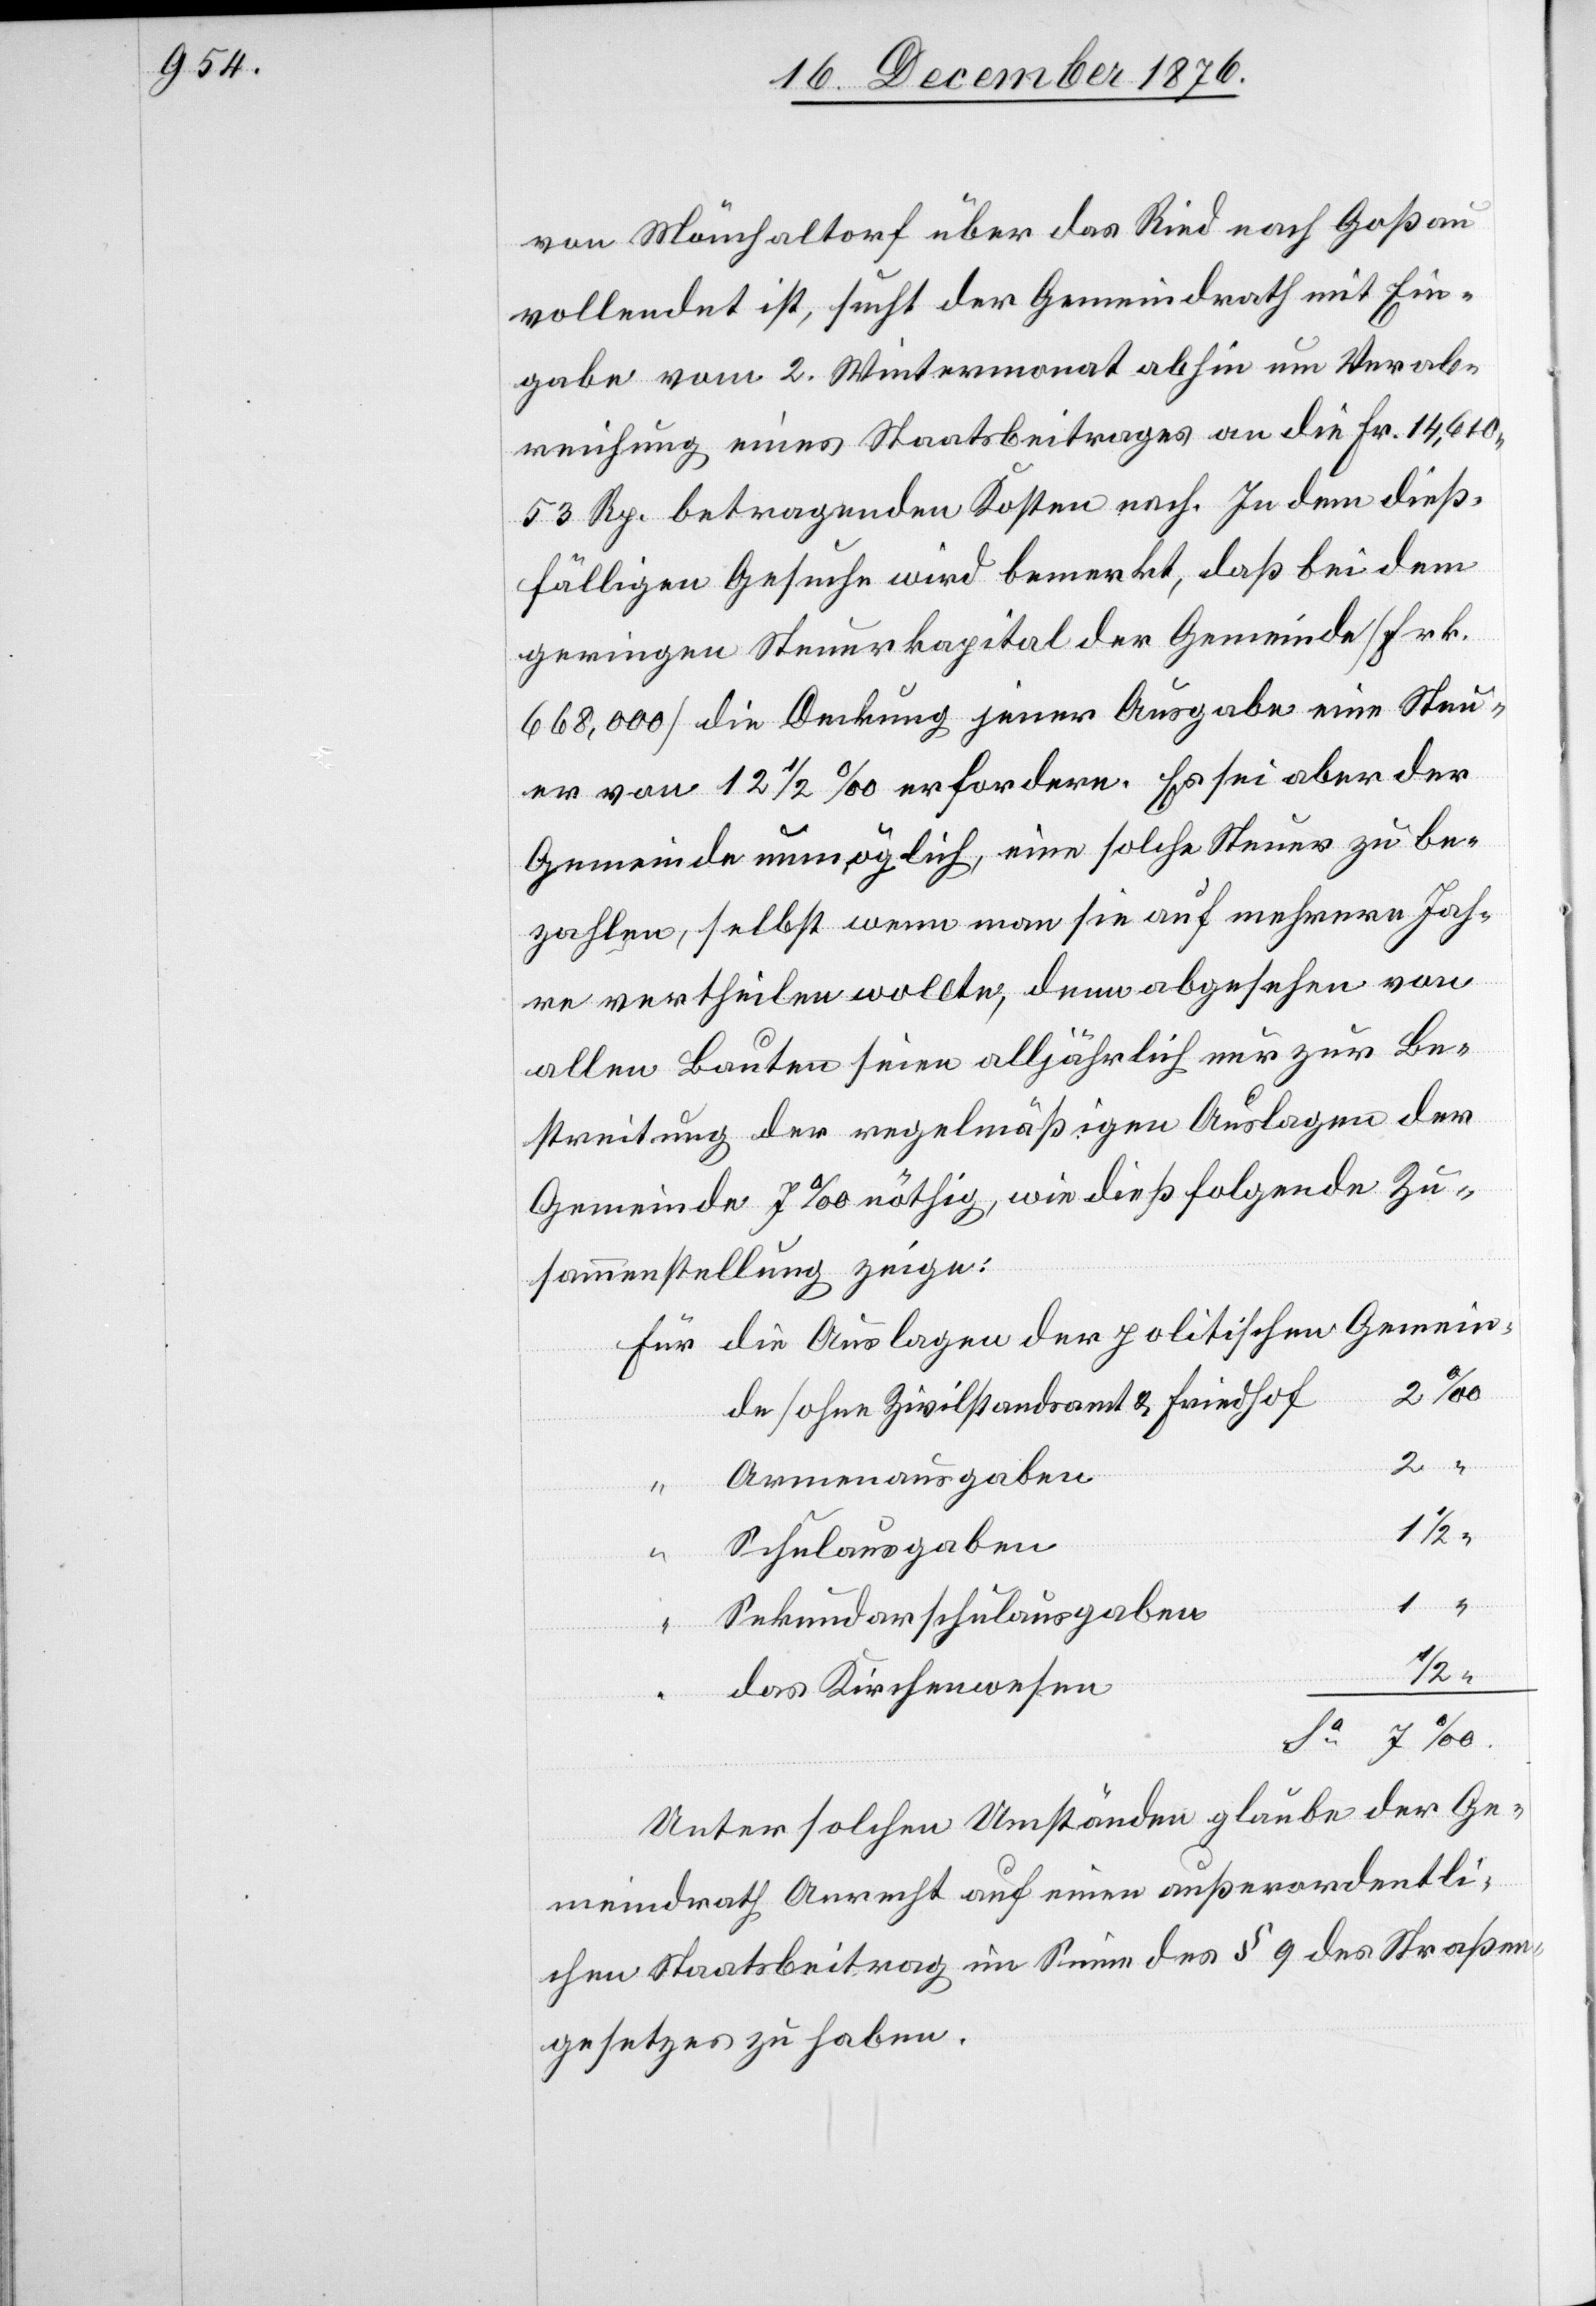
von Mönchaltorf über das Ried nach Goßau
vollendet ist, sucht der Gemeindrath mit Ein¬
gabe vom 2. Wintermonat abhin um Verab¬
reichung eines Staatsbeitrages an die Fr. 14,610
53 Rp. betragenden Kosten nach. In dem dieß¬
fälligen Gesuche wird bemerkt, daß bei dem
geringen Steuerkapital der Gemeinde [Frk.
668,000] die Deckung jener Ausgabe eine Steu¬
er von 12 1/2‰ erfordere. Es sei aber der
Gemeinde unmöglich, eine solche Steuer zu be¬
zahlen selbst wenn man sie auf mehrere Jah¬
re vertheilen wollte, denn abgesehen von
allen Bauten seien alljährlich nur zur Be¬
streitung der regelmäßigen Auslagen der
Gemeinde 7‰ nöthig, wie dieß folgende Zu¬
sammenstellung zeige:
die Auslagen der politischen Gemein¬
de/ohne Zivilstandsamt & Friedhof
2
Armenausgaben
Schulausgaben
1
“
“
Sekundarschulausgaben
1
das Kirchenwesen
“
Unter solchen Umständen glaube der Ge¬
meindrath Anrecht auf einen außerordentli¬
chen Staatsbeitrag im Sinne des § 9 des Straßen¬
gesetzes zu haben.